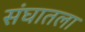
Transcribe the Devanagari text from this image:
संघातला